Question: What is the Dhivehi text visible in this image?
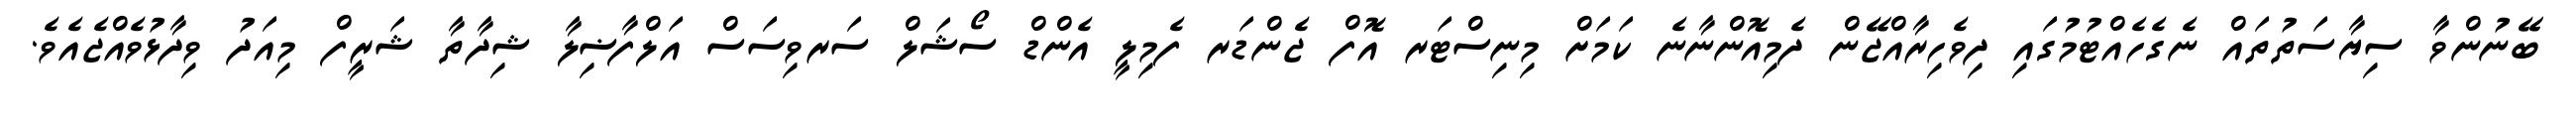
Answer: ބޭނުންވާ ސިޔާސަތުތައް ނެގެހެއްޓުމުގައި ދިވެހިރާއްޖޭން ދެމިއޮންނާނެ ކަމަށް މިނިސްޓަރ އޮފް ޖެންޑަރ ފެމިލީ އެންޑް ސޯޝަލް ސަރވިސަސް އަލްފާޟިލާ ޝިދާތާ ޝަރީފް މިއަދު ވިދާޅުވެއްޖެއެވެ.